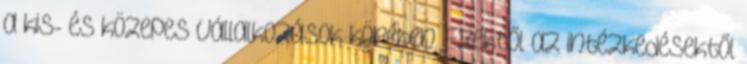
a kis- és közepes vállalkozások körében. Ezektől az intézkedésektől